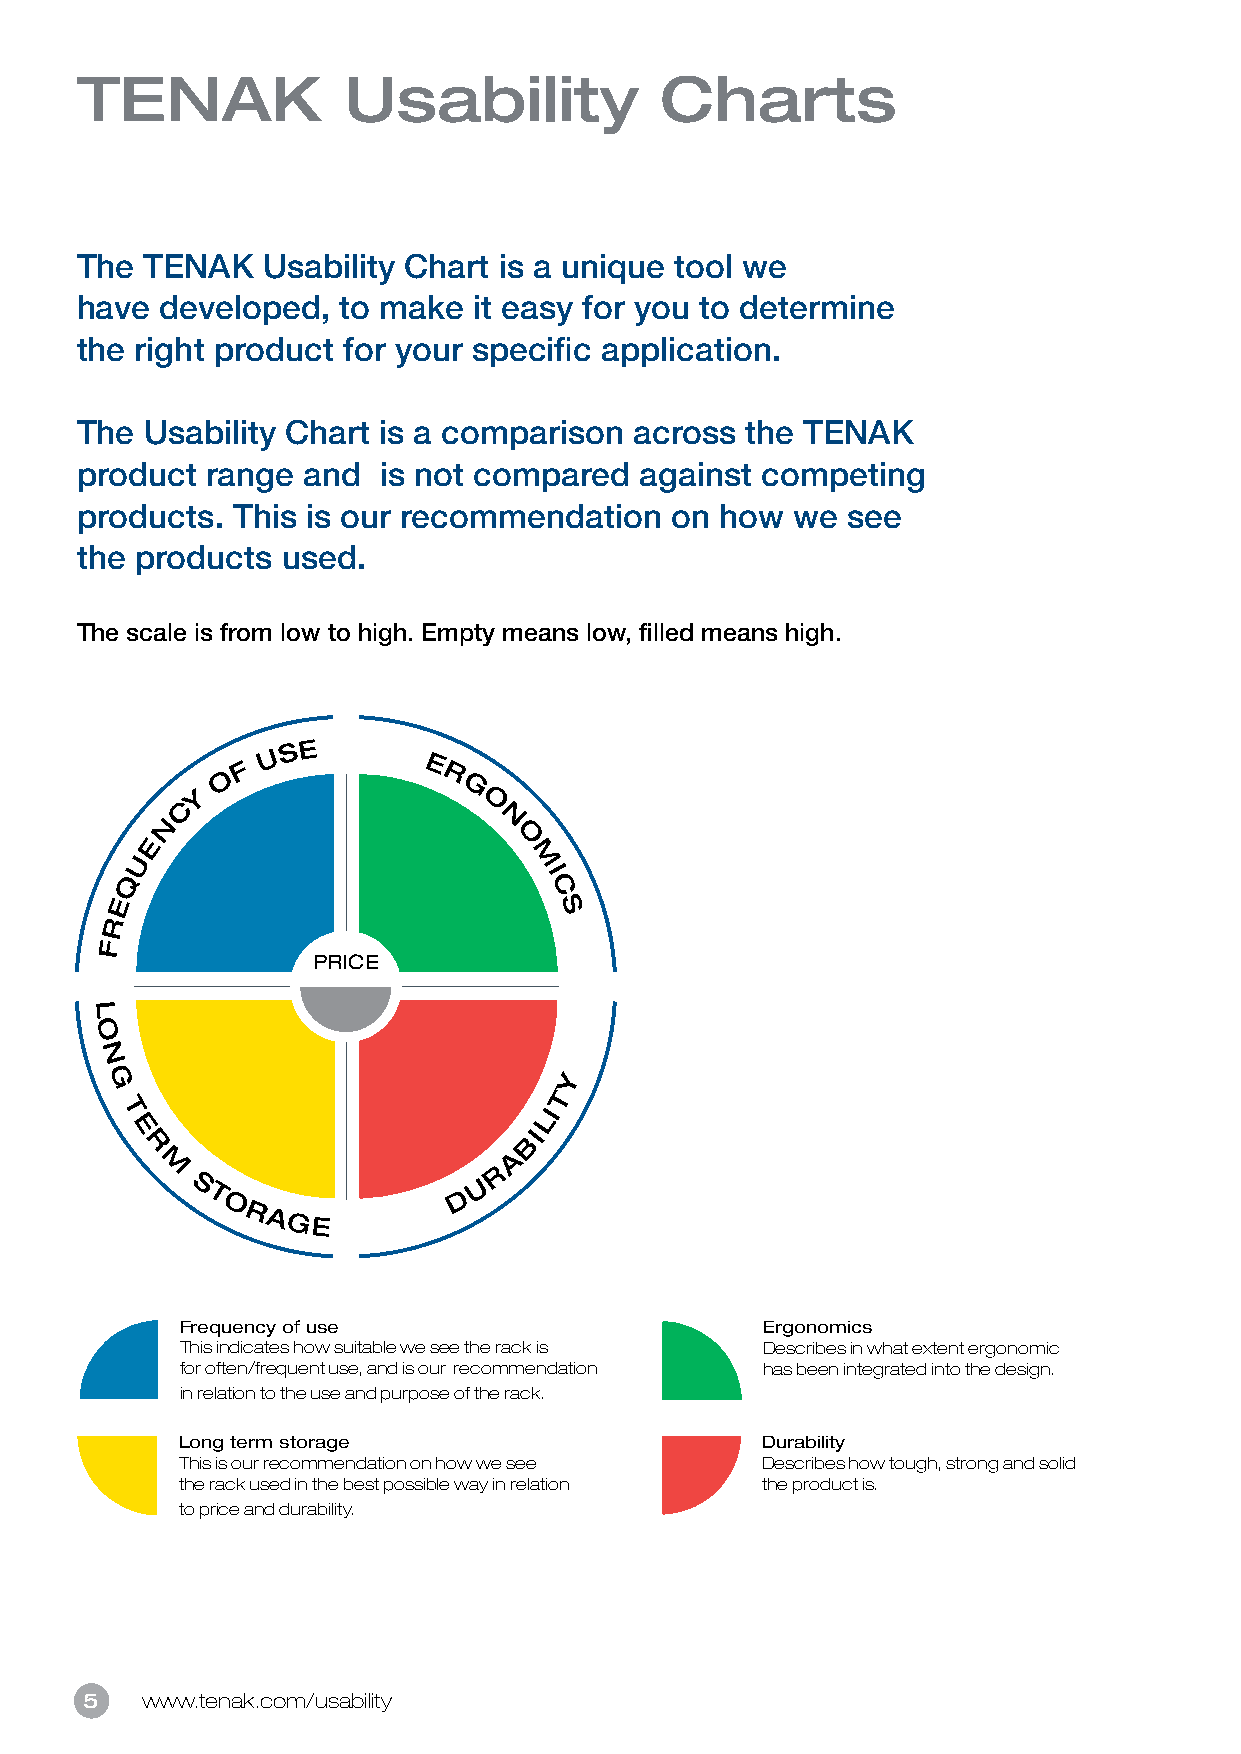
TENAK             Usability            Charts
 The TENAK   Usability Chart is a unique tool we
 have  developed,  to make it easy for you to determine
 the right product for your specific application.
 The Usability Chart is a comparison  across the TENAK
 product  range and  is not compared  against competing
 products. This is our recommendation   on  how  we see
 the products  used.
 The scale is from low to high. Empty means low, filled means high.
 U S E
 F           E
 O              R
 Y                G
 C                   O
 N                     N
 E                       O
 U                         M
 I
 Q
 C
 E                             S
 R
 F
 PRICE
 L
 O
 N
 G                             Y
 T
 T                           LI
 E                         I
 B
 R
 A
 M                      R
 S                  U
 T                D
 O
 RAGE
 Frequency of use                       Ergonomics
 This indicates how suitable we see the rack is Describes in what extent ergonomic
 for often/frequent use, and is our recommendation has been integrated into the design.
 in relation to the use and purpose of the rack.
 Long term storage                     Durability
 This is our recommendation on how we see Describes how tough, strong and solid
 the rack used in the best possible way in relation the product is.
 to price and durability.
 5   www.tenak.com/usability